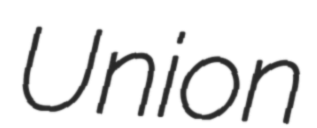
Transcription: Union